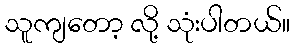
သူကျတော့ လို့ သုံးပါတယ်။